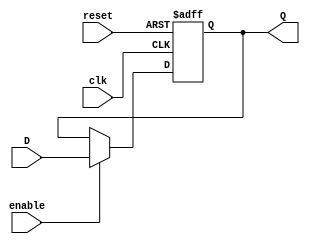
module Program_counter
#(
	parameter WIDTH = 32
)
(
	//input/ output ports
	input			[WIDTH-1:0] D, 
	input 		clk,
	input			reset, enable,
	output		[WIDTH-1:0] Q
);
   //variable to storage states
	reg [WIDTH-1:0] data;
	always @(posedge clk or negedge reset) 
	begin
      if (!reset)
         data <= 32'h400000;
      else
			if(enable)
         data <= D;
   end 
	assign Q = data;	
endmodule